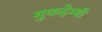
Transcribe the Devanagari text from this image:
मुकदेम्बी